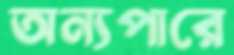
অন্যপারে